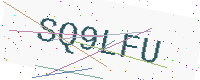
Text: SQ9LFU